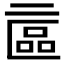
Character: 𠄾